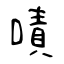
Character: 嘖